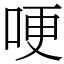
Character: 哽